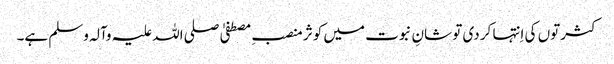
کثرتوں کی اِنتہا کر دی تو شانِ نبوت میں کوثر منصبِ مصطفیٰ صلی اللہ علیہ وآلہ وسلم ہے۔